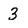
Character: 3